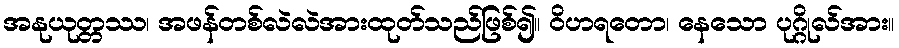
အနုယုတ္တဿ၊ အဖန်တစ်လဲလဲအားထုတ်သည်ဖြစ်၍။ ဝိဟရတော၊ နေသော ပုဂ္ဂိုလ်အား။